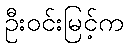
ဦးဝင်းမြင့်က